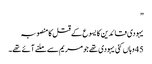
”
یہودی قائدین کا یسوع کے قتل کا منصوبہ
45 وہاں کئی یہودی تھے جو مریم سے ملنے آئے تھے۔